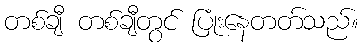
တစ်ချီ တစ်ချီတွင် ပြုံးနေတတ်သည်။